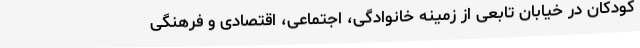
کودکان در خیابان تابعی از زمینه خانوادگی، اجتماعی، اقتصادی و فرهنگی